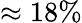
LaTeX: \approx 18\%